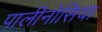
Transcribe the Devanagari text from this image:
पालीनोसिया